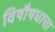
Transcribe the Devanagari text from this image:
विषौषधाचा